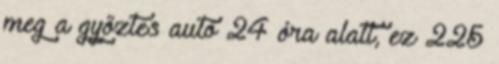
meg a győztes autó 24 óra alatt, ez 225